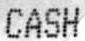
CASH